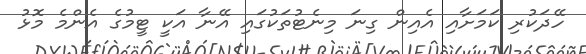
ހޭދަކުރި ކަމަށާއި އެއިން ގިނަ މިނެޓުތަކުގައި އޭނާ އަކީ ޓީމުގެ އެންމެ މޮޅު